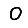
Digit: 0